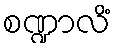
စဏ္ဍာလိံ